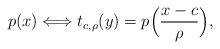
\begin{align*}p(x)\Longleftrightarrow t_{c,\rho}(y)=p\Big(\frac{x-c}{\rho}\Big),\end{align*}